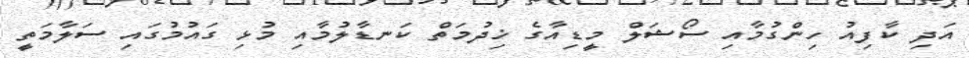
އަދި ކާފިއު ހިންގުމާއި ސޯޝަލް މީޑިއާގެ ޚިދުމަތް ކަނޑާލުމާއި މުޅި ގައުމުގައި ސަލާމަތީ